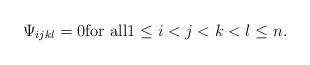
LaTeX: \begin{align*}\Psi_{ijkl}=0\textrm{for all}1\leq i < j < k < l\leq n.\end{align*}